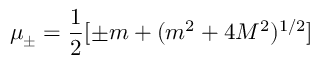
\mu _ { \pm } = \frac { 1 } { 2 } [ \pm m + ( m ^ { 2 } + 4 M ^ { 2 } ) ^ { 1 / 2 } ]